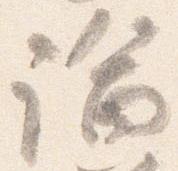
論